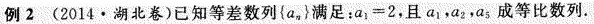
例2(2014·湖北卷)已知等差数列{a_{n}}满足：$$a _ { 1 } = 2$$，且a_{1}，a_{2}，a_{5}，成等比数列。